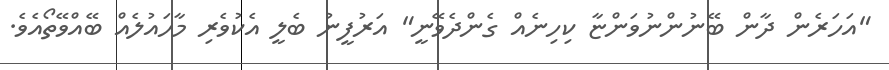
"އަހަރެން ދާން ބޭނުންނުވަންޏާ ކިހިނެއް ގެންދެވޭނީ" އަރުފީނު ބެލީ އެކުވެރި މާހައުލެއް ބޭއްވޭތޯއެވެ.